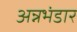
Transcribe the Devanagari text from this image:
अन्नभंडार